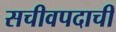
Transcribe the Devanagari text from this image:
सचीवपदाचीं